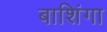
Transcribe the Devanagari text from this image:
बाशिंगा